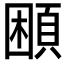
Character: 𩒱